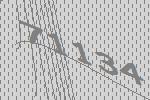
71134